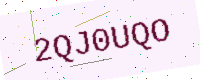
Text: 2QJ0UQO